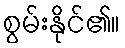
စွမ်းနိုင်၏။